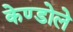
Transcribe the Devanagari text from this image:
केण्डोले